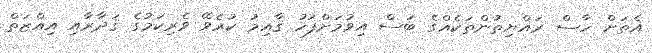
އެތަށް ހާސް ރައްޔިތުންތަކެއްގެ ބަސް އިވުމަށްފަހު ޤާއިމު ކުރެވޭ ވެރިކަމުގެ ޤަދާރާއި އިއްޒަތް